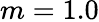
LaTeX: m=1.0